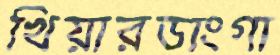
খিয়ারডাংগা